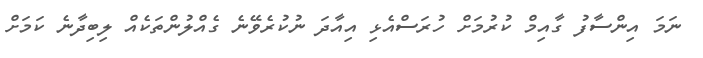
ނަމަ އިންސާފު ގާއިމް ކުރުމަށް ހުރަސްއެޅި އިއާދަ ނުކުރެވޭނެ ގެއްލުންތަކެއް ލިބިދާނެ ކަމަށް